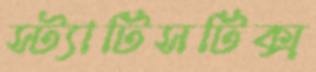
স্ট্যাটিসটিক্স